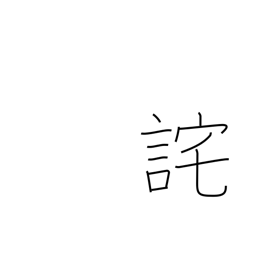
Meaning: apologize